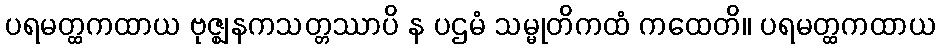
ပရမတ္ထကထာယ ဗုဇ္ဈနကသတ္တဿာပိ န ပဌမံ သမ္မုတိကထံ ကထေတိ။ ပရမတ္ထကထာယ